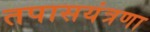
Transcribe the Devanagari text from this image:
तपासयंत्रणा